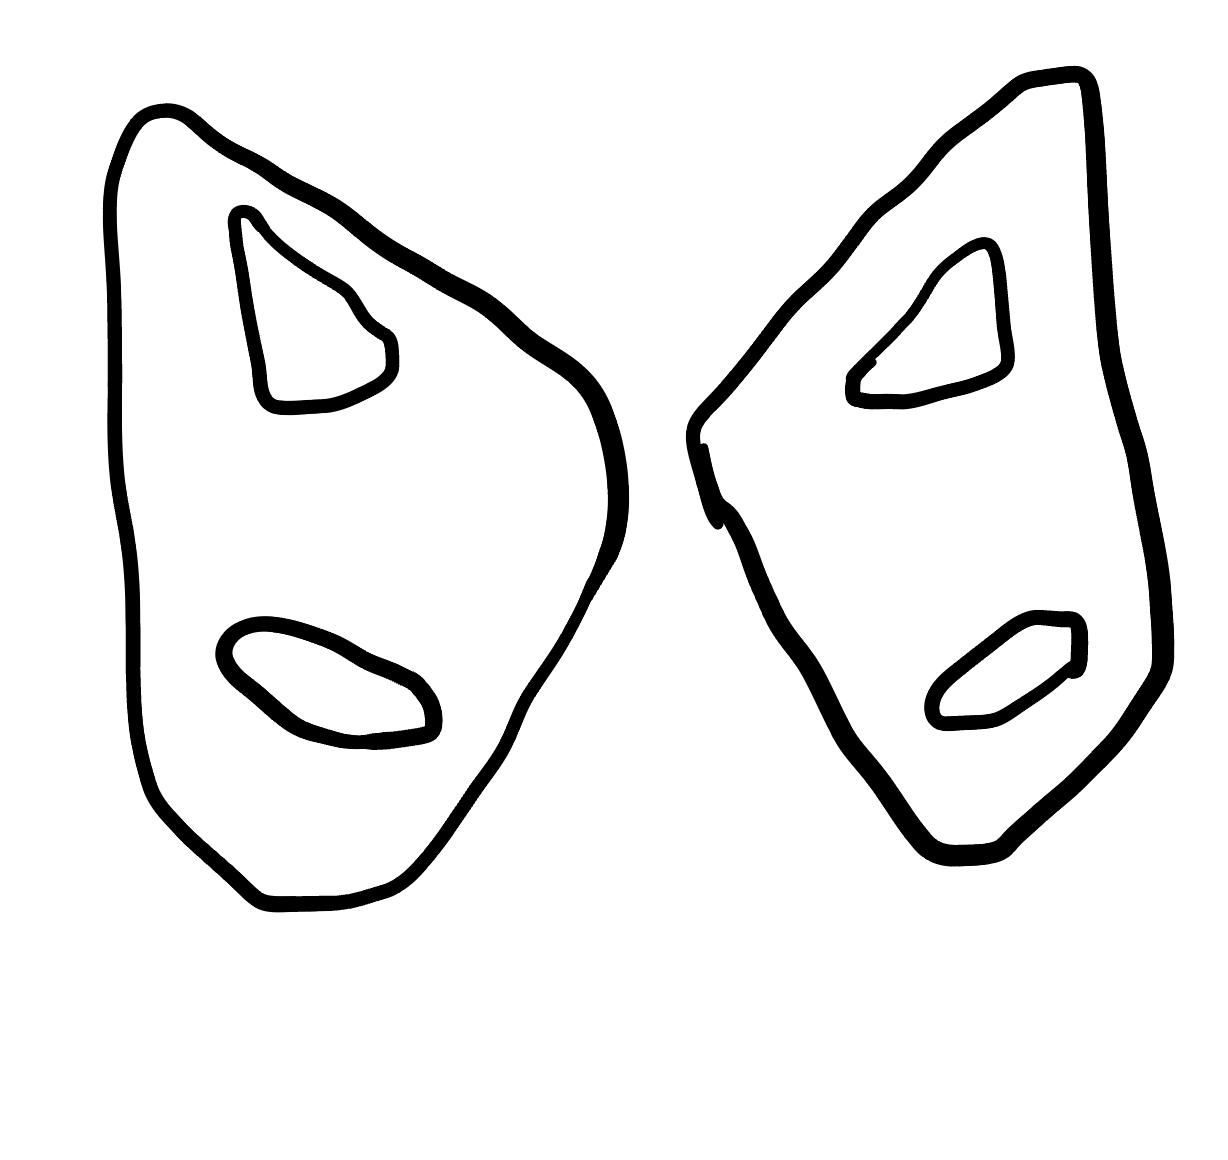
Number of regions (including the outer root region): 7
Containment tree edges (parent, child): 0, 1, 0, 4, 1, 2, 1, 3, 4, 5, 4, 6